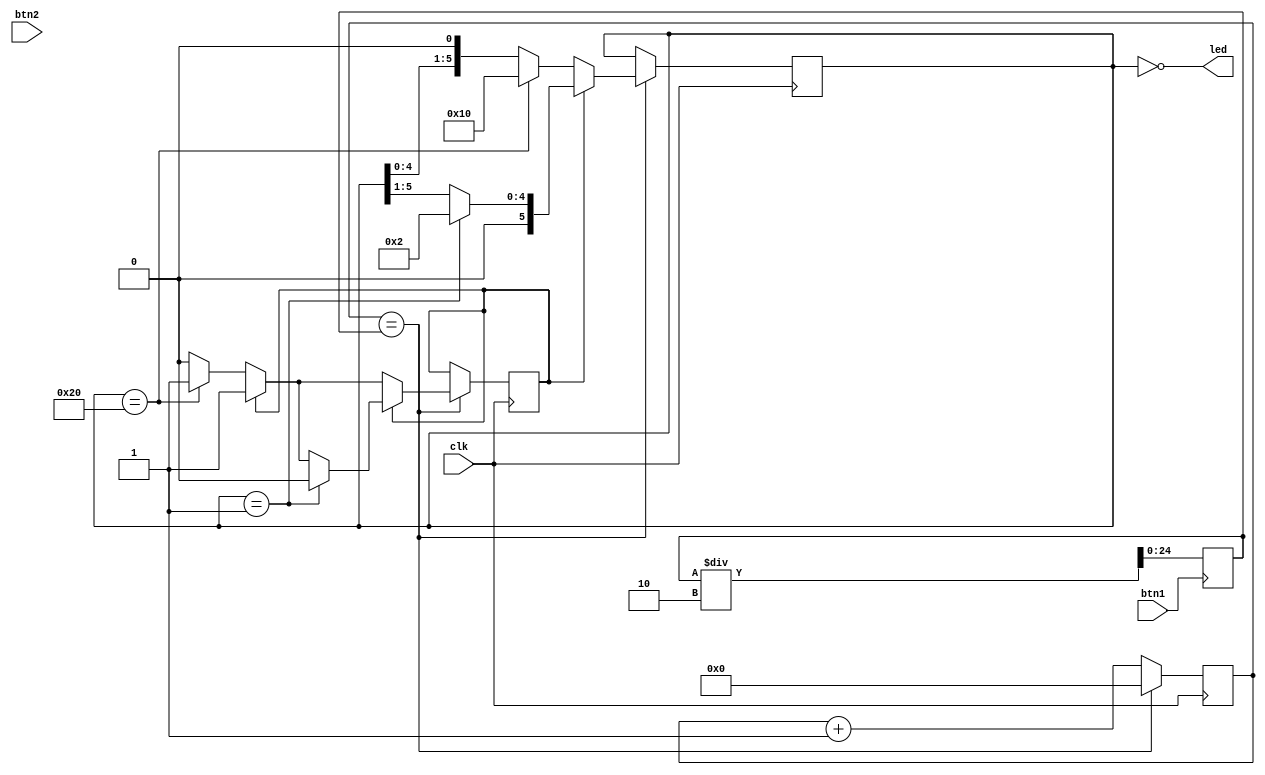
module top
(
    input clk,
    input btn1,
    input btn2,
    output [5:0] led
);

reg [24:0] WAIT_TIME = 2000000;
reg [5:0] ledCounter = 1;
reg [23:0] clockCounter = 0;
reg ledDir = 0;

always @(posedge clk) begin
    clockCounter <= clockCounter + 1;
    if (clockCounter == WAIT_TIME) begin
        clockCounter <= 0;

        if (ledDir == 0) begin
            ledCounter <= ledCounter << 1;
            if (ledCounter == 6'b100000) begin
                ledDir <= 1;
                ledCounter <= 6'b010000;
            end
        end 

        if (ledDir == 1) begin
            ledCounter <= ledCounter >> 1;
            if (ledCounter == 6'b000001) begin
                ledDir <= 0;
                ledCounter <= 6'b000010;
            end
        end
    end
end

always @(posedge btn1) begin
    WAIT_TIME <= WAIT_TIME/2;
end

assign led = ~ledCounter;
endmodule